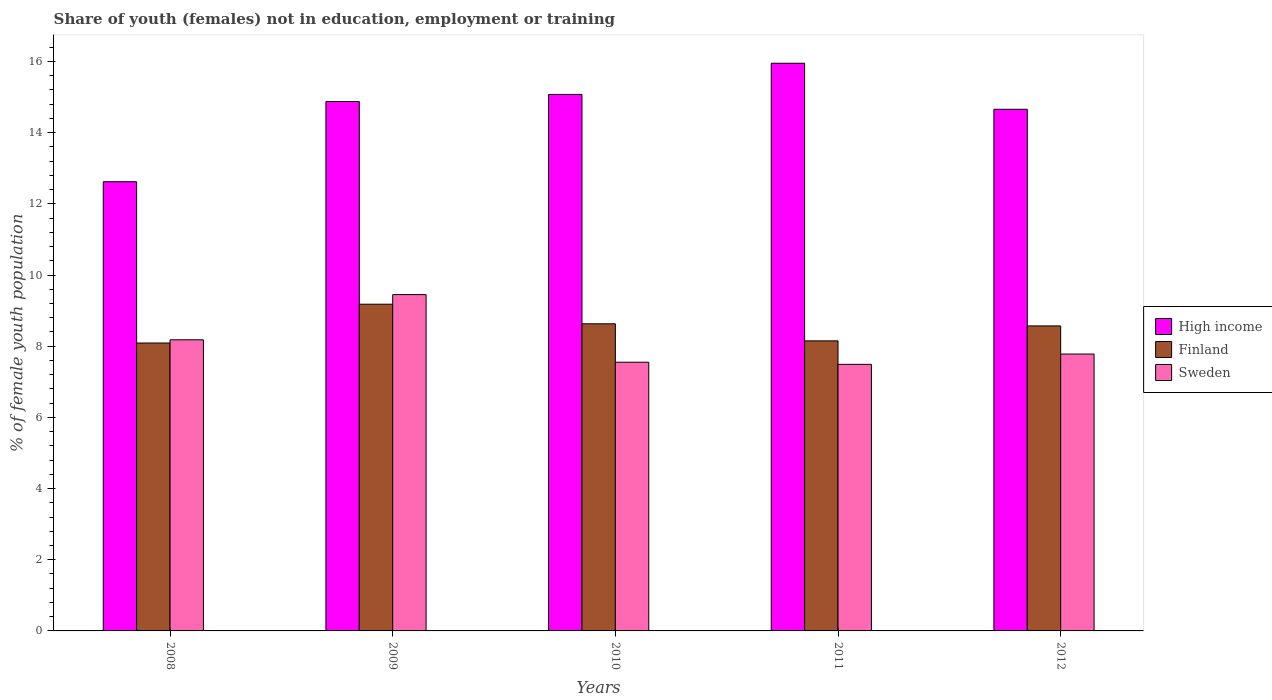
| Years | High income | Finland | Sweden |
 | --- | --- | --- | --- |
 | 2008 | 12.6 | 8.09 | 8.18 |
 | 2009 | 14.9 | 9.18 | 9.45 |
 | 2010 | 15.1 | 8.63 | 7.55 |
 | 2011 | 16 | 8.15 | 7.49 |
 | 2012 | 14.7 | 8.57 | 7.78 |